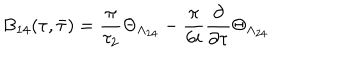
B _ { 1 4 } ( \tau , \bar { \tau } ) = \frac { \pi } { \tau _ { 2 } } \Theta _ { \Lambda _ { 2 4 } } - \frac { \pi } { 6 i } \frac { \partial } { \partial \tau } \Theta _ { \Lambda _ { 2 4 } }